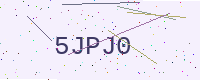
Text: 5JPJ0